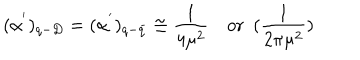
( \alpha ^ { ' } ) _ { q - D } = ( \alpha ^ { ' } ) _ { q - \bar { q } } \cong \frac { 1 } { 4 \mu ^ { 2 } } ~ \mathrm { o r } ~ ~ ( \frac { 1 } { 2 \pi \mu ^ { 2 } } )